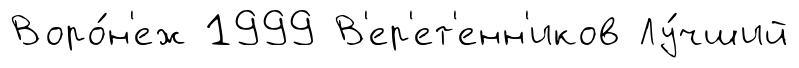
Воро́н'еж 1999 В'ер'ет'енн'иков Лу́чший